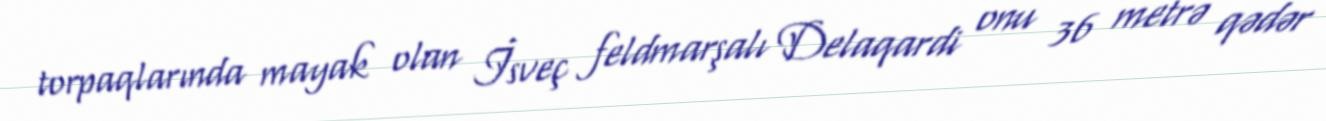
torpaqlarında mayak olan İsveç feldmarşalı Delaqardi onu 36 metrə qədər